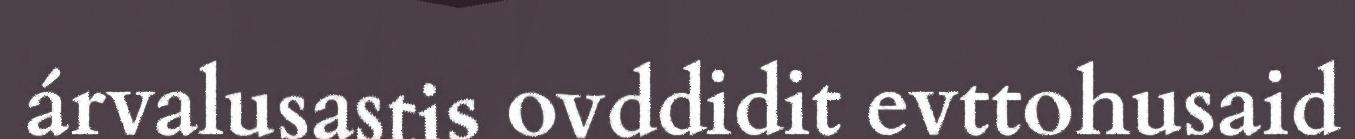
árvalusastis ovddidit evttohusaid